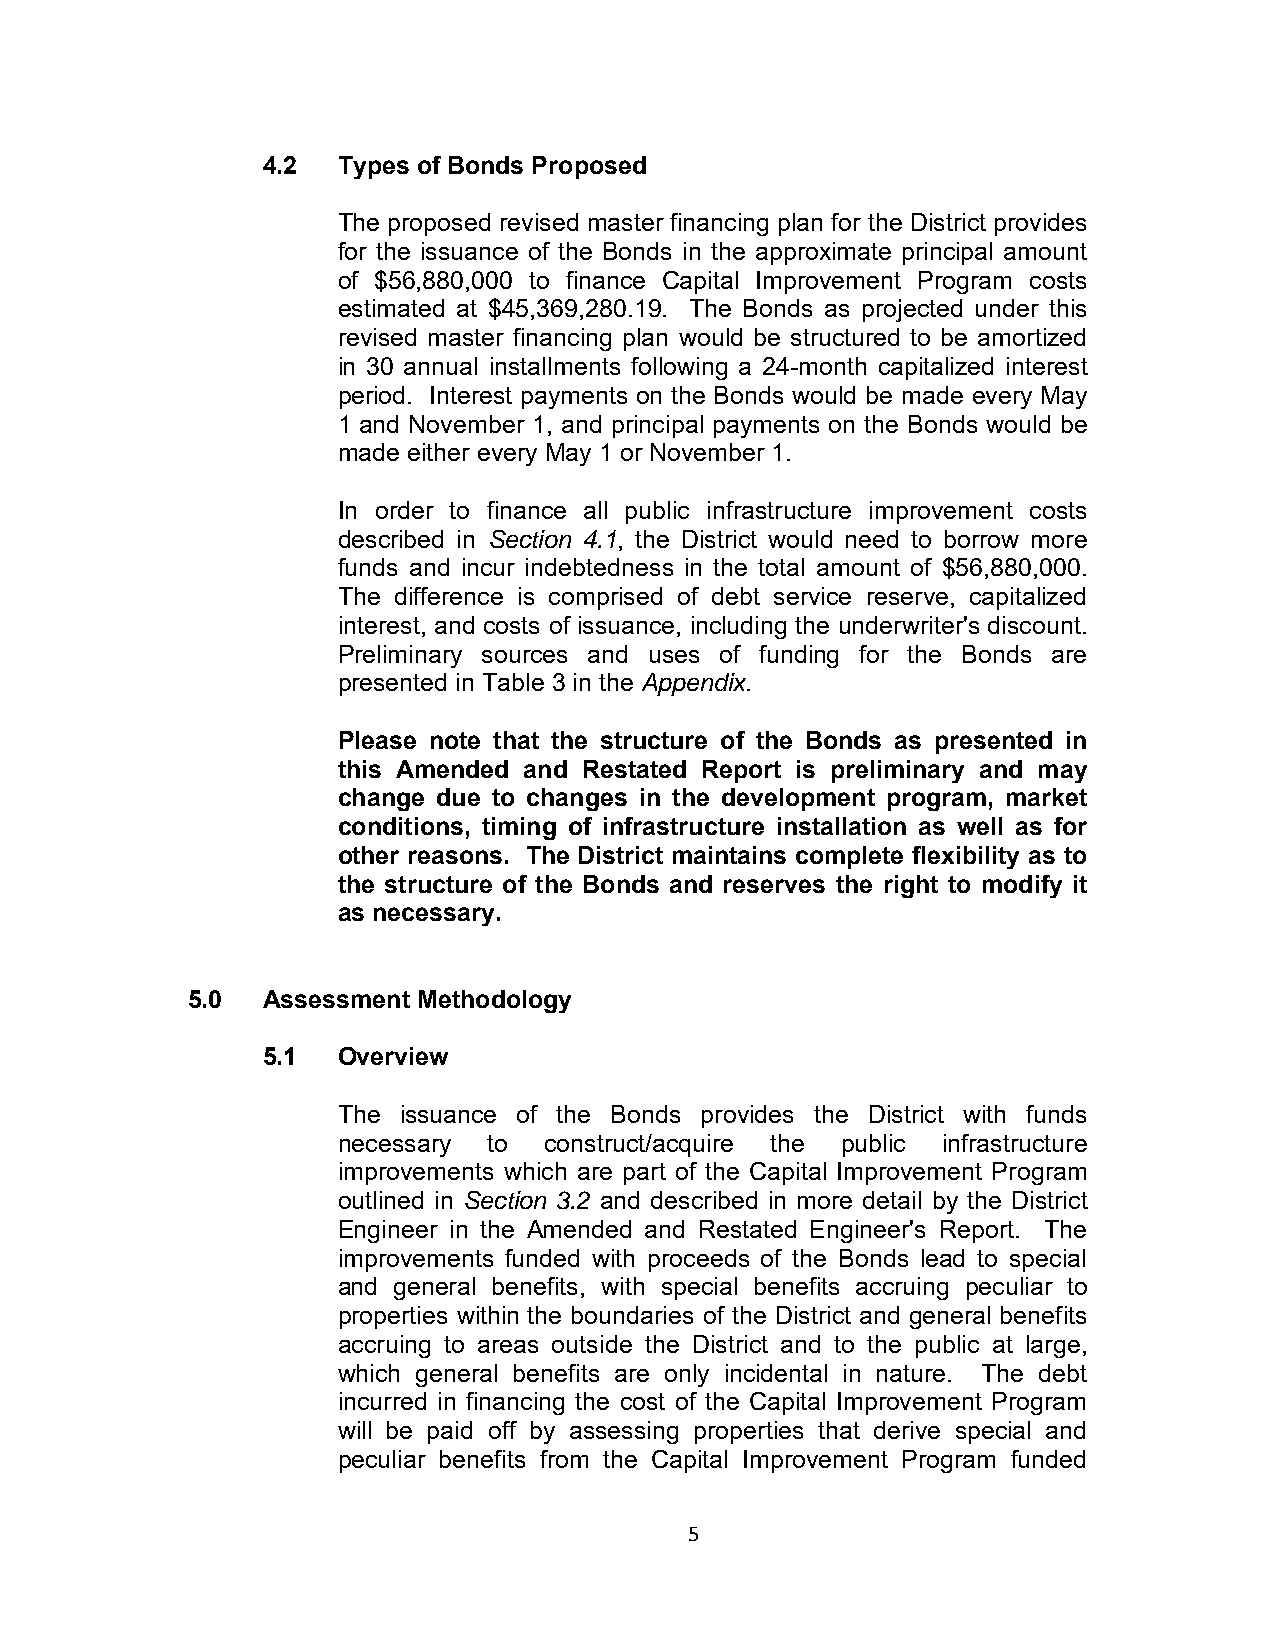
4.2  Types of Bonds Proposed
 The proposed revised master financing plan for the District provides
 for the issuance of the Bonds in the approximate principal amount
 of $56,880,000 to finance Capital Improvement Program costs
 estimated at $45,369,280.19. The Bonds as projected under this
 revised master financing plan would be structured to be amortized
 in 30 annual installments following a 24-month capitalized interest
 period. Interest payments on the Bonds would be made every May
 1 and November 1, and principal payments on the Bonds would be
 made either every May 1 or November 1.
 In order to finance all public infrastructure improvement costs
 described in Section 4.1, the District would need to borrow more
 funds and incur indebtedness in the total amount of $56,880,000.
 The difference is comprised of debt service reserve, capitalized
 interest, and costs of issuance, including the underwriter's discount.
 Preliminary sources and uses of funding for the Bonds are
 presented in Table 3 in the Appendix.
 Please note that the structure of the Bonds as presented in
 this Amended and Restated Report is preliminary and may
 change due to changes in the development program, market
 conditions, timing of infrastructure installation as well as for
 other reasons. The District maintains complete flexibility as to
 the structure of the Bonds and reserves the right to modify it
 as necessary.
 5.0  Assessment Methodology
 5.1  Overview
 The issuance of the Bonds provides the District with funds
 necessary to  construct/acquire the public infrastructure
 improvements which are part of the Capital Improvement Program
 outlined in Section 3.2 and described in more detail by the District
 Engineer in the Amended and Restated Engineer's Report. The
 improvements funded with proceeds of the Bonds lead to special
 and general benefits, with special benefits accruing peculiar to
 properties within the boundaries of the District and general benefits
 accruing to areas outside the District and to the public at large,
 which general benefits are only incidental in nature. The debt
 incurred in financing the cost of the Capital Improvement Program
 will be paid off by assessing properties that derive special and
 peculiar benefits from the Capital Improvement Program funded
 5